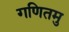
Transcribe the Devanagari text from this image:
गणितमु